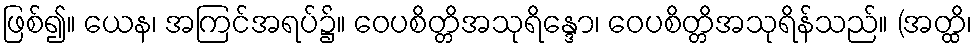
ဖြစ်၍။ ယေန၊ အကြင်အရပ်၌။ ဝေပစိတ္တိအသုရိန္ဒော၊ ဝေပစိတ္တိအသုရိန်သည်။ (အတ္ထိ၊